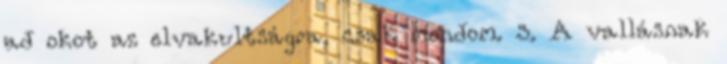
ad okot az elvakultságra, csak mondom. 3. A vallásnak